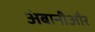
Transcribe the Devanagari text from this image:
अंबानीऔर